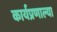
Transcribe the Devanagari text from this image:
कार्यप्रणाल्या